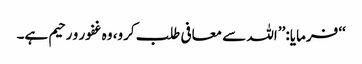
‘‘ فرمایا: ’’اللہ سے معافی طلب کرو، وہ غفور و رحیم ہے۔